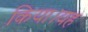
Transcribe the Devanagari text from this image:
किया।यह